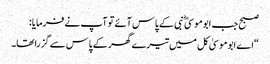
صبح جب ابوموسیٰ ؓ نبی کے پاس آئے تو آپ نے فرمایا:
“اے ابوموسیٰ کل میں تیرے گھر کے پاس سے گزرا تھا۔